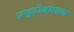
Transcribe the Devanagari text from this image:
प्रचुरोदभवन